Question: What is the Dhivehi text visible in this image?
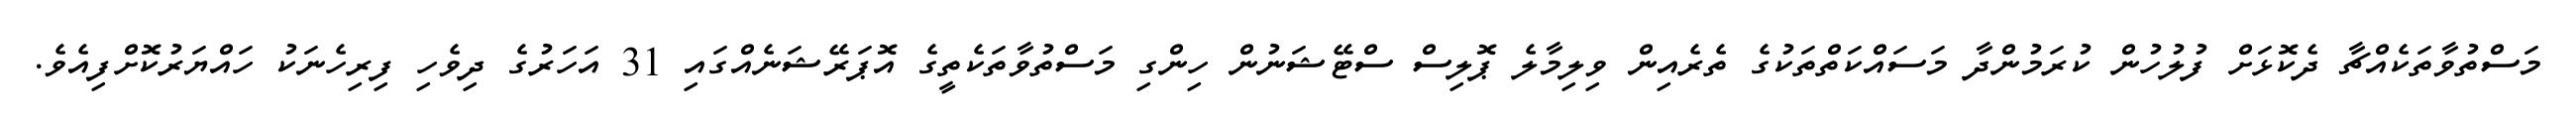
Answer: މަސްތުވާތަކެއްޗާ ދެކޮޅަށް ފުލުހުން ކުރަމުންދާ މަސައްކަތްތަކުގެ ތެރެއިން ވިލިމާލެ ޕޮލިސް ސްޓޭޝަނުން ހިންގި މަސްތުވާތަކެތީގެ އޮޕަރޭޝަނެއްގައި 31 އަހަރުގެ ދިވެހި ފިރިހެނަކު ހައްޔަރުކޮށްފިއެވެ.